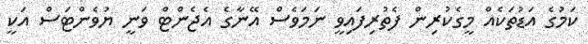
ކަމުގެ އަޑުތަކެއް މީގެކުރިން ފެތުރިފައިވީ ނަމަވެސް އޭނާގެ އެޖެންޓް ވަނީ ޔުވެންޓަސް އަކީ